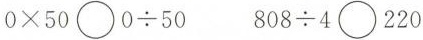
0\times 50\bigcirc 0\div 50$$ $$808\div 4\bigcirc 220$$